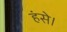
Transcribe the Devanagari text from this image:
हंसे।